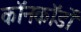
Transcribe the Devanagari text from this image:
कॉनकॉर्डों